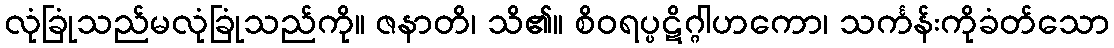
လုံခြုံသည်မလုံခြုံသည်ကို။ ဇနာတိ၊ သိ၏။ စိဝရပ္ပဋိဂ္ဂါဟကော၊ သင်္ကန်းကိုခံတ်သော